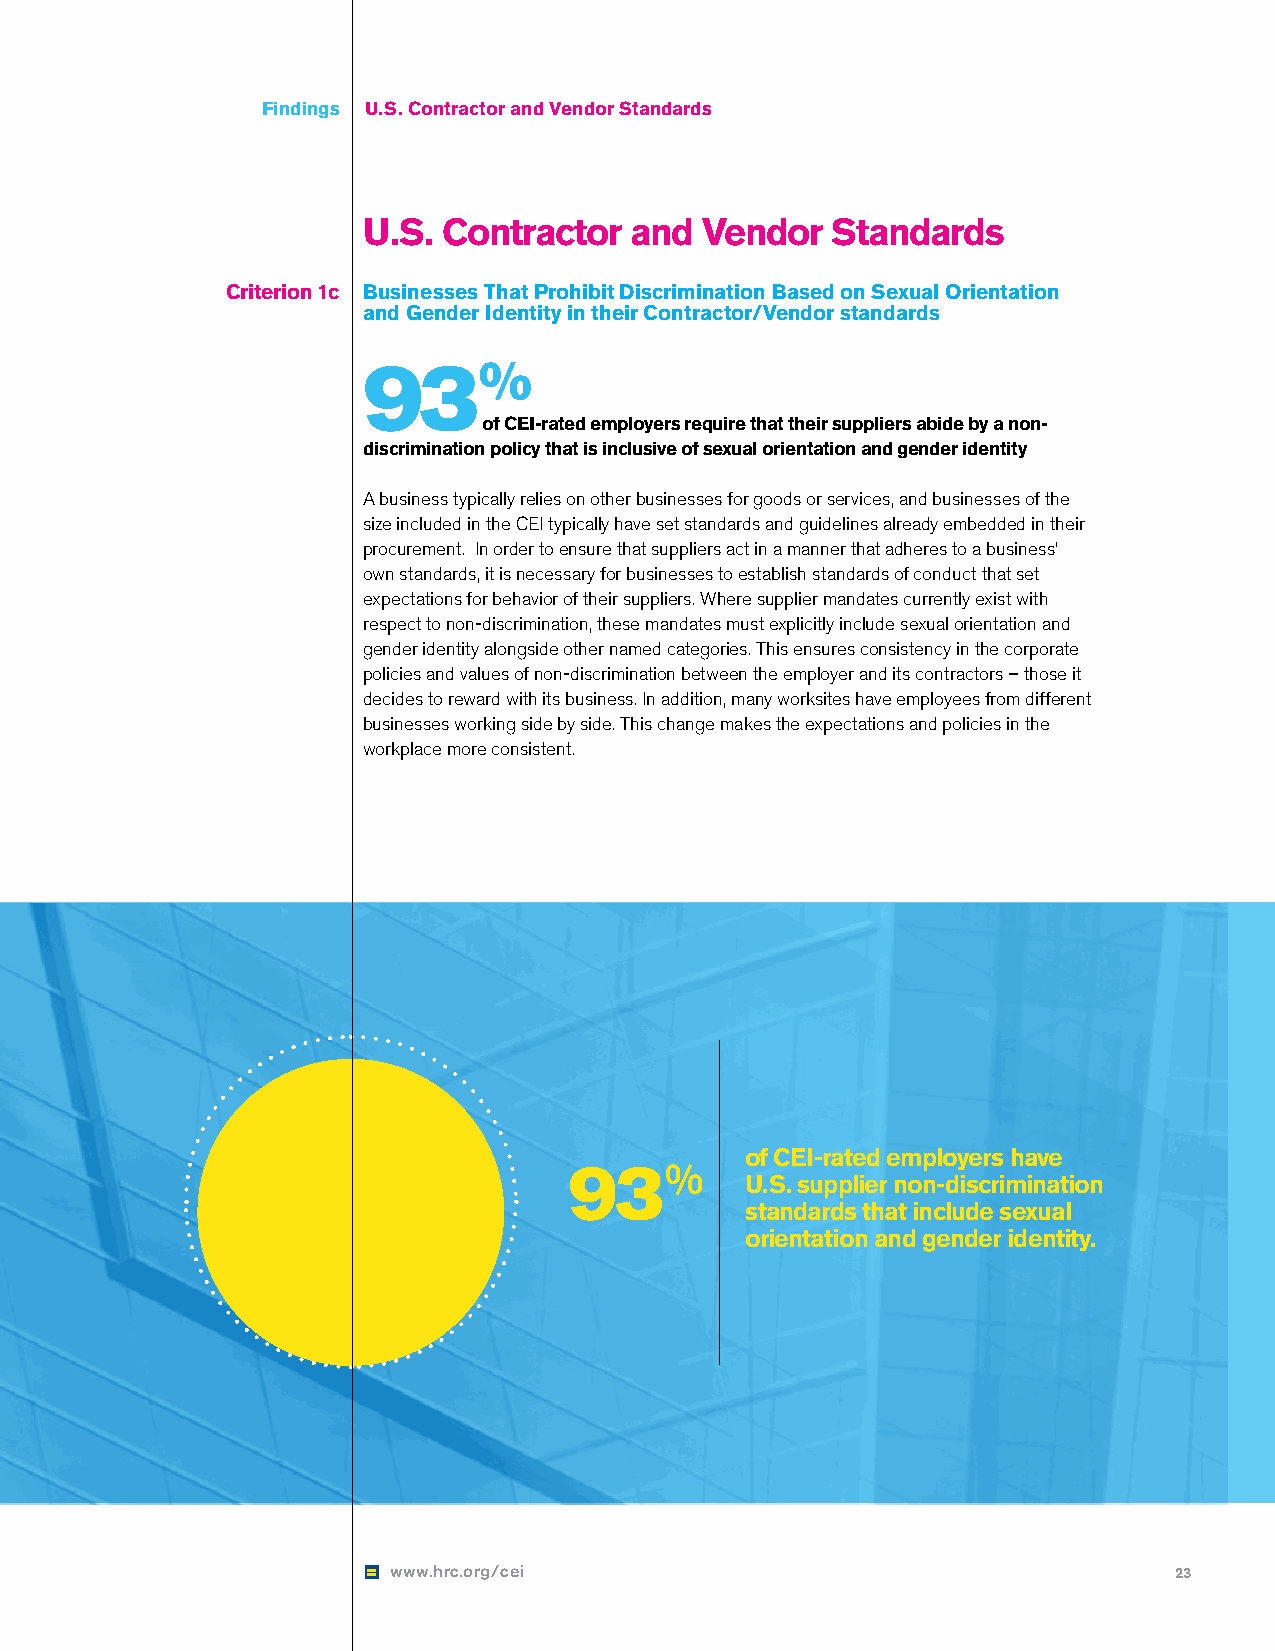
Findings U.S. Contractor and Vendor Standards
 U.S. Contractor   and Vendor   Standards
 Criterion 1c Businesses That Prohibit Discrimination Based on Sexual Orientation
 and Gender Identity in their Contractor/Vendor standards
 93%
 of CEI-rated employers require that their suppliers abide by a non-
 discrimination policy that is inclusive of sexual orientation and gender identity
 A business typically relies on other businesses for goods or services, and businesses of the
 size included in the CEI typically have set standards and guidelines already embedded in their
 procurement. In order to ensure that suppliers act in a manner that adheres to a business’
 own standards, it is necessary for businesses to establish standards of conduct that set
 expectations for behavior of their suppliers. Where supplier mandates currently exist with
 respect to non-discrimination, these mandates must explicitly include sexual orientation and
 gender identity alongside other named categories. This ensures consistency in the corporate
 policies and values of non-discrimination between the employer and its contractors – those it
 decides to reward with its business. In addition, many worksites have employees from different
 businesses working side by side. This change makes the expectations and policies in the
 workplace more consistent.
 of CEI-rated employers have
 93%
 U.S. supplier non-discrimination
 standards that include sexual
 orientation and gender identity.
 www.hrc.org/cei                                     23